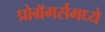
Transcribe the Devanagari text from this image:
प्रोग्रॅमर्समध्ये